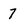
Character: 7